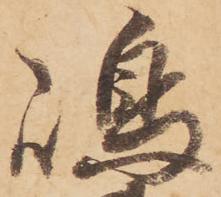
嶋